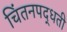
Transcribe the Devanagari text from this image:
चिंतनपद्धती